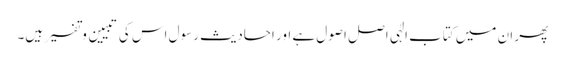
پھر ان میں کتاب الٰہی اصل اصول ہے اور احادیث رسول اس کی تبیین و تفسیر ہیں۔